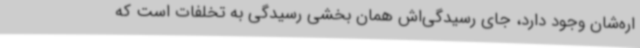
اره‌شان وجود دارد، جای رسیدگی‌اش همان بخشی رسیدگی به تخلفات است که